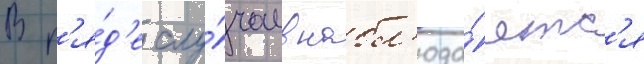
В р'я́д'е слу́чаев набл'юда́етс'я